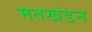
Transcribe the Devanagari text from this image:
मतखंडन